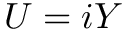
U = i Y